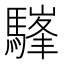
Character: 𩥪